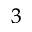
_ 3